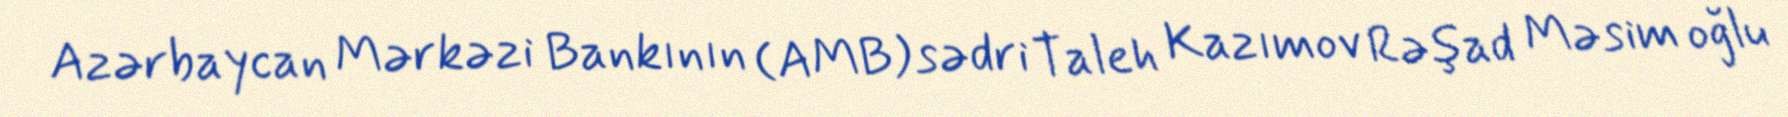
Azərbaycan Mərkəzi Bankının (AMB) sədri Taleh Kazımov Rəşad Məsim oğlu